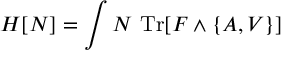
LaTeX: H [ N ] = \int N \ \mathrm { T r } [ F \wedge \{ A , V \} ]